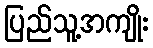
ပြည်သူ့အကျိုး